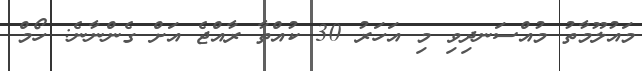
މައުލޫމާތު މުއްސަނދިވި މި އަހަރު 30 ކުއްތާ ރާއްޖެ އަށް ގެންނާނެ: ހޯމް